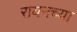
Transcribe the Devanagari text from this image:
रायनच्या